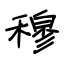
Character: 穆